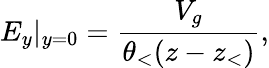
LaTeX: E_{y}|_{y=0}=\frac{V_{g}}{\theta_{<}(z-z_{<})},